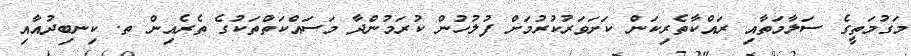
މަގުމަތީގެ ސަލާމަތާއި ރައްކާތެރިކަން ކަށަވަރުކުރުމަށް ފުލުހުން ކުރަމުންދާ މަސައްކަތްތަކުގެ ތެރެއިން ތ. ކިނބިދުއާއި